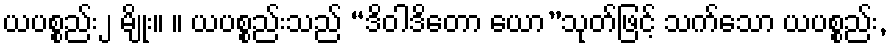
ယပစ္စည်း၂ မျိုး။ ။ ယပစ္စည်းသည် “ဒိဝါဒိတော ယော”သုတ်ဖြင့် သက်သော ယပစ္စည်း,